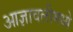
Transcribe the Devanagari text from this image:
आज्ञावलीमध्ये